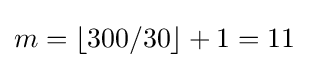
m=\left\lfloor 300/30\right\rfloor +1=11